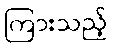
ကြားသည့်